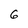
Character: 6